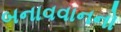
બનાવવાનનો